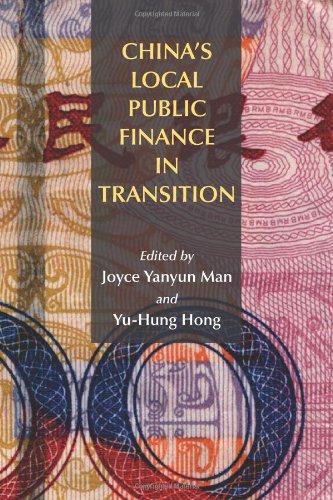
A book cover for China's Local Public Finance in Transition; Law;